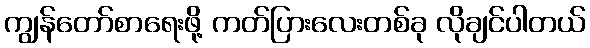
ကျွန်တော်စာရေးဖို့ ကတ်ပြားလေးတစ်ခု လိုချင်ပါတယ်